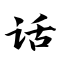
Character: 话